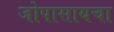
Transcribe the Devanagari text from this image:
जोपासायचा